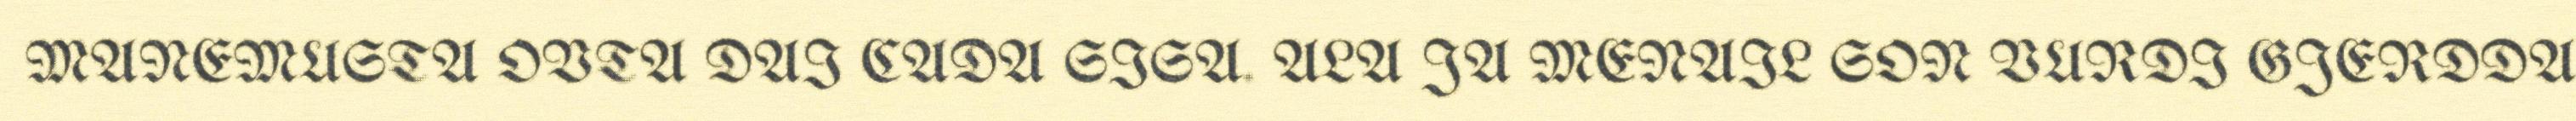
MANEMUSTA OVTA DAI CADA SISA. ALA JA MENAIL SON VURDI GJERDDA